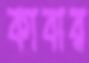
কাবার